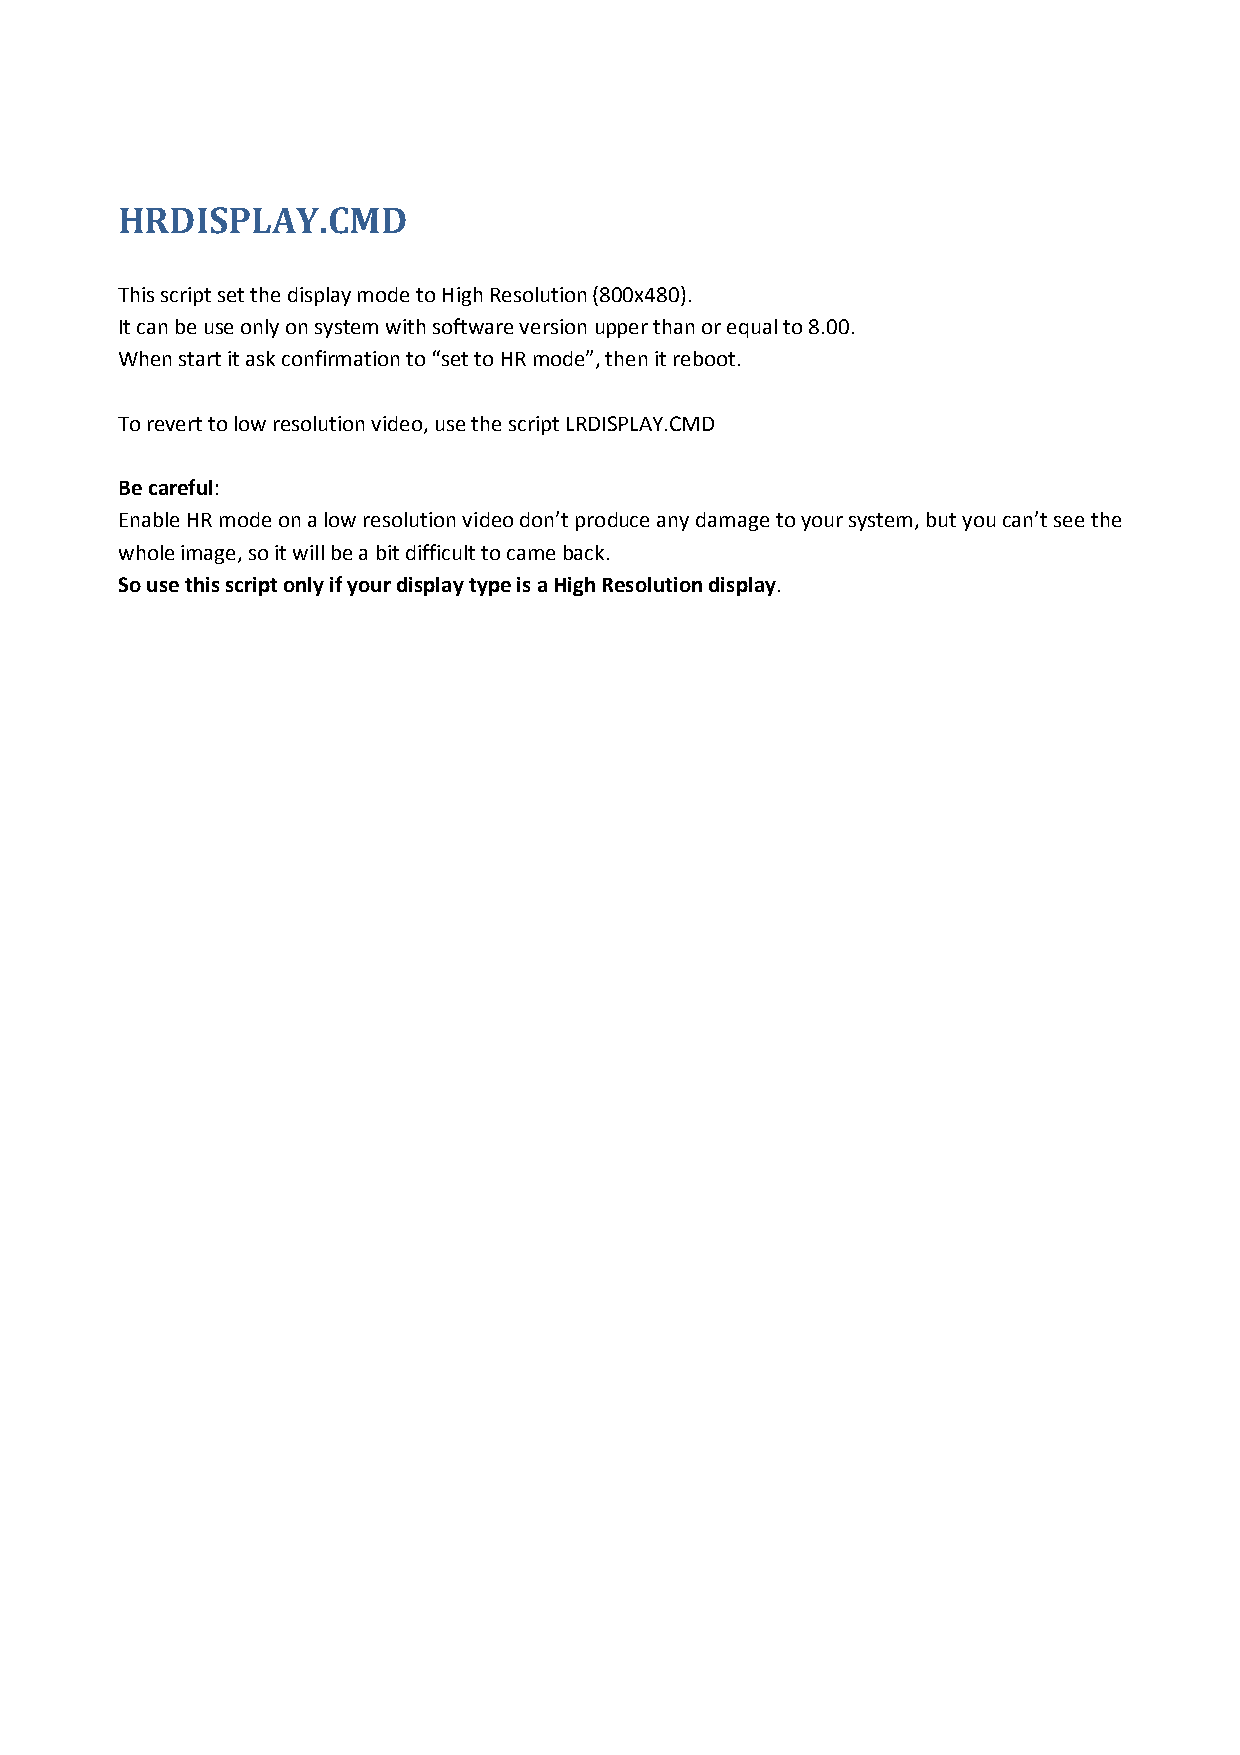
HRDISPLAY.CMD
 This script set the display mode to High Resolution (800x480).
 It can be use only on system with software version upper than or equal to 8.00.
 When start it ask confirmation to “set to HR mode”, then it reboot.
 To revert to low resolution video, use the script LRDISPLAY.CMD
 Be careful:
 Enable HR mode on a low resolution video don’t produce any damage to your system, but you can’t see the
 whole image, so it will be a bit difficult to came back.
 So use this script only if your display type is a High Resolution display.